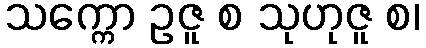
သက္ကော ဥဇူ စ သုဟုဇူ စ၊